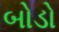
બોડો